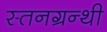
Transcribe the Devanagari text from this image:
स्तनग्रन्थी